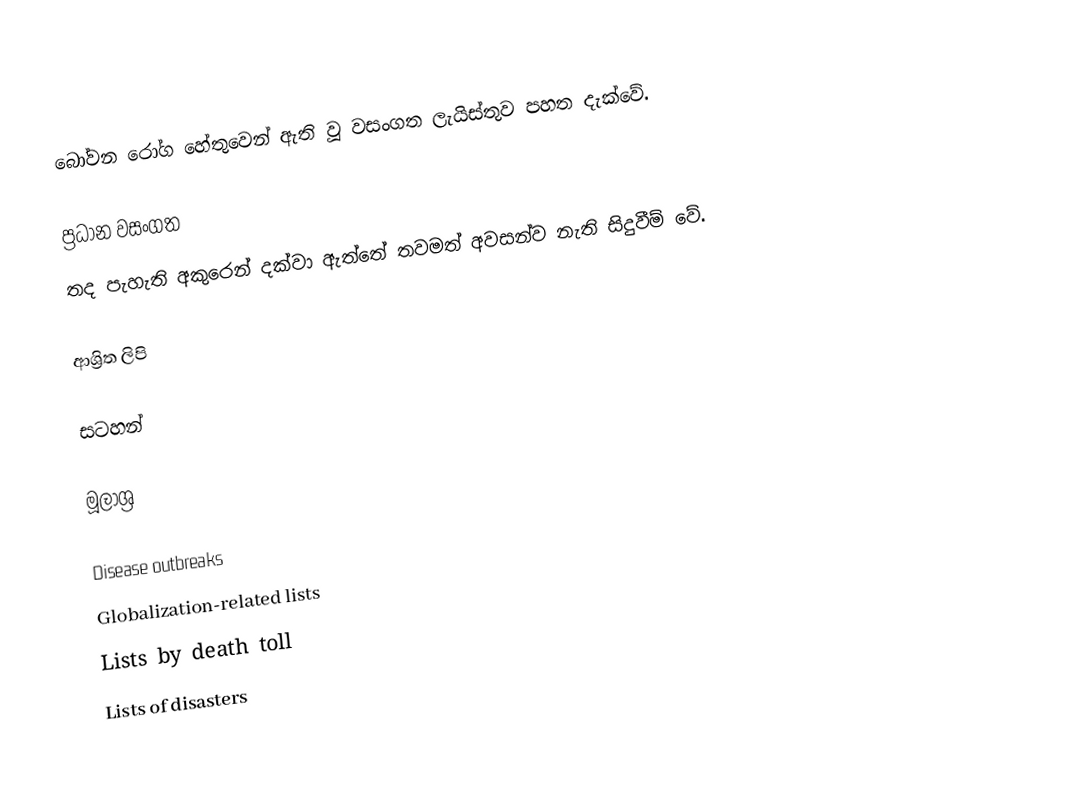
බෝවන රෝග හේතුවෙන් ඇති වූ වසංගත ලැයිස්තුව පහත දැක්වේ.

ප්‍රධාන වසංගත
තද පැහැති අකුරෙන් දක්වා ඇත්තේ තවමත් අවසන්ව නැති සිදුවීම් වේ.

ආශ්‍රිත ලිපි

සටහන්

මූලාශ්‍ර

Disease outbreaks
Globalization-related lists
Lists by death toll
Lists of disasters